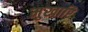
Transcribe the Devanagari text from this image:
मुखारि